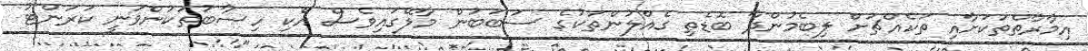
އިމާރާތްތަކަށާއި ތަކެއްޗަށް ލިބެމުންދާ ބޮޑެތި ގެއްލުންތަކުގެ ސަބަބުން މާލޭގައިވެސް އެކި ހިސާބުތަކުންވަނީ ކަރަންޓު